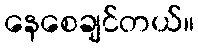
နေစေချင်တယ်။